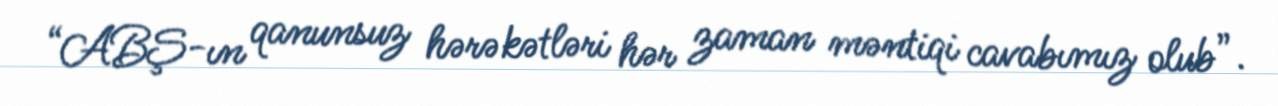
“ABŞ-ın qanunsuz hərəkətləri hər zaman məntiqi cavabımız olub”.